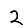
Digit: 2